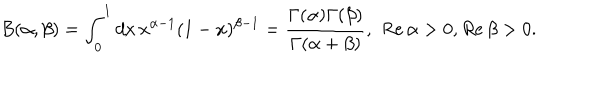
B ( \alpha , \beta ) = \int _ { 0 } ^ { 1 } d x \, x ^ { \alpha - 1 } ( 1 - x ) ^ { \beta - 1 } = \frac { \Gamma ( \alpha ) \Gamma ( \beta ) } { \Gamma ( \alpha + \beta ) } , \, \, R e \, \alpha > 0 , R e \, \beta > 0 .